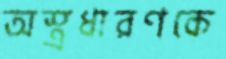
অস্ত্রধারণকে